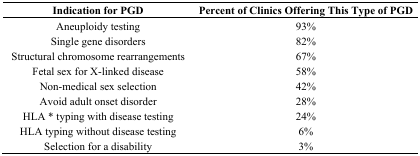
| Indication for PGD | Percent of Clinics Offering This Type of PGD |
 | --- | --- |
 | Aneuploidy testing | 93% |
 | Single gene disorders | 82% |
 | Structural chromosome rearrangements | 67% |
 | Fetal sex for X-linked disease | 58% |
 | Non-medical sex selection | 42% |
 | Avoid adult onset disorder | 28% |
 | HLA * typing with disease testing | 24% |
 | HLA typing without disease testing | 6% |
 | Selection for a disability | 3% |